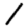
Digit: 1